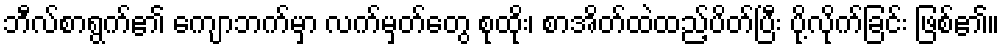
ဘီလ်စာရွက်၏ ကျောဘက်မှာ လက်မှတ်တွေ စုထိုး၊ စာအိတ်ထဲထည့်ပိတ်ပြီး ပို့လိုက်ခြင်း ဖြစ်၏။